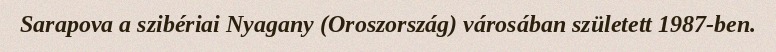
Sarapova a szibériai Nyagany (Oroszország) városában született 1987-ben.